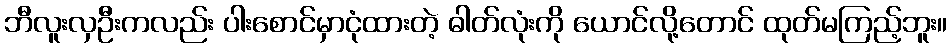
ဘီလူးလှဦးကလည်း ပါးစောင်မှာငုံထားတဲ့ ဓါတ်လုံးကို ယောင်လို့တောင် ထုတ်မကြည့်ဘူး။